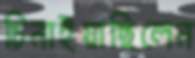
চিনাইয়াছিলেন